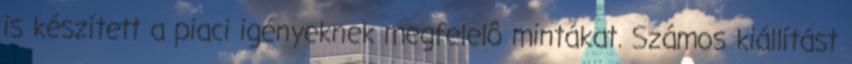
is készített a piaci igényeknek megfelelô mintákat. Számos kiállítást